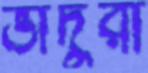
ভাদুরা